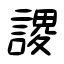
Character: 謖